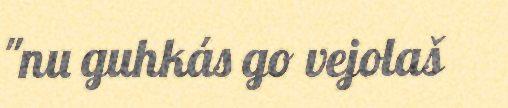
"nu guhkás go vejolaš